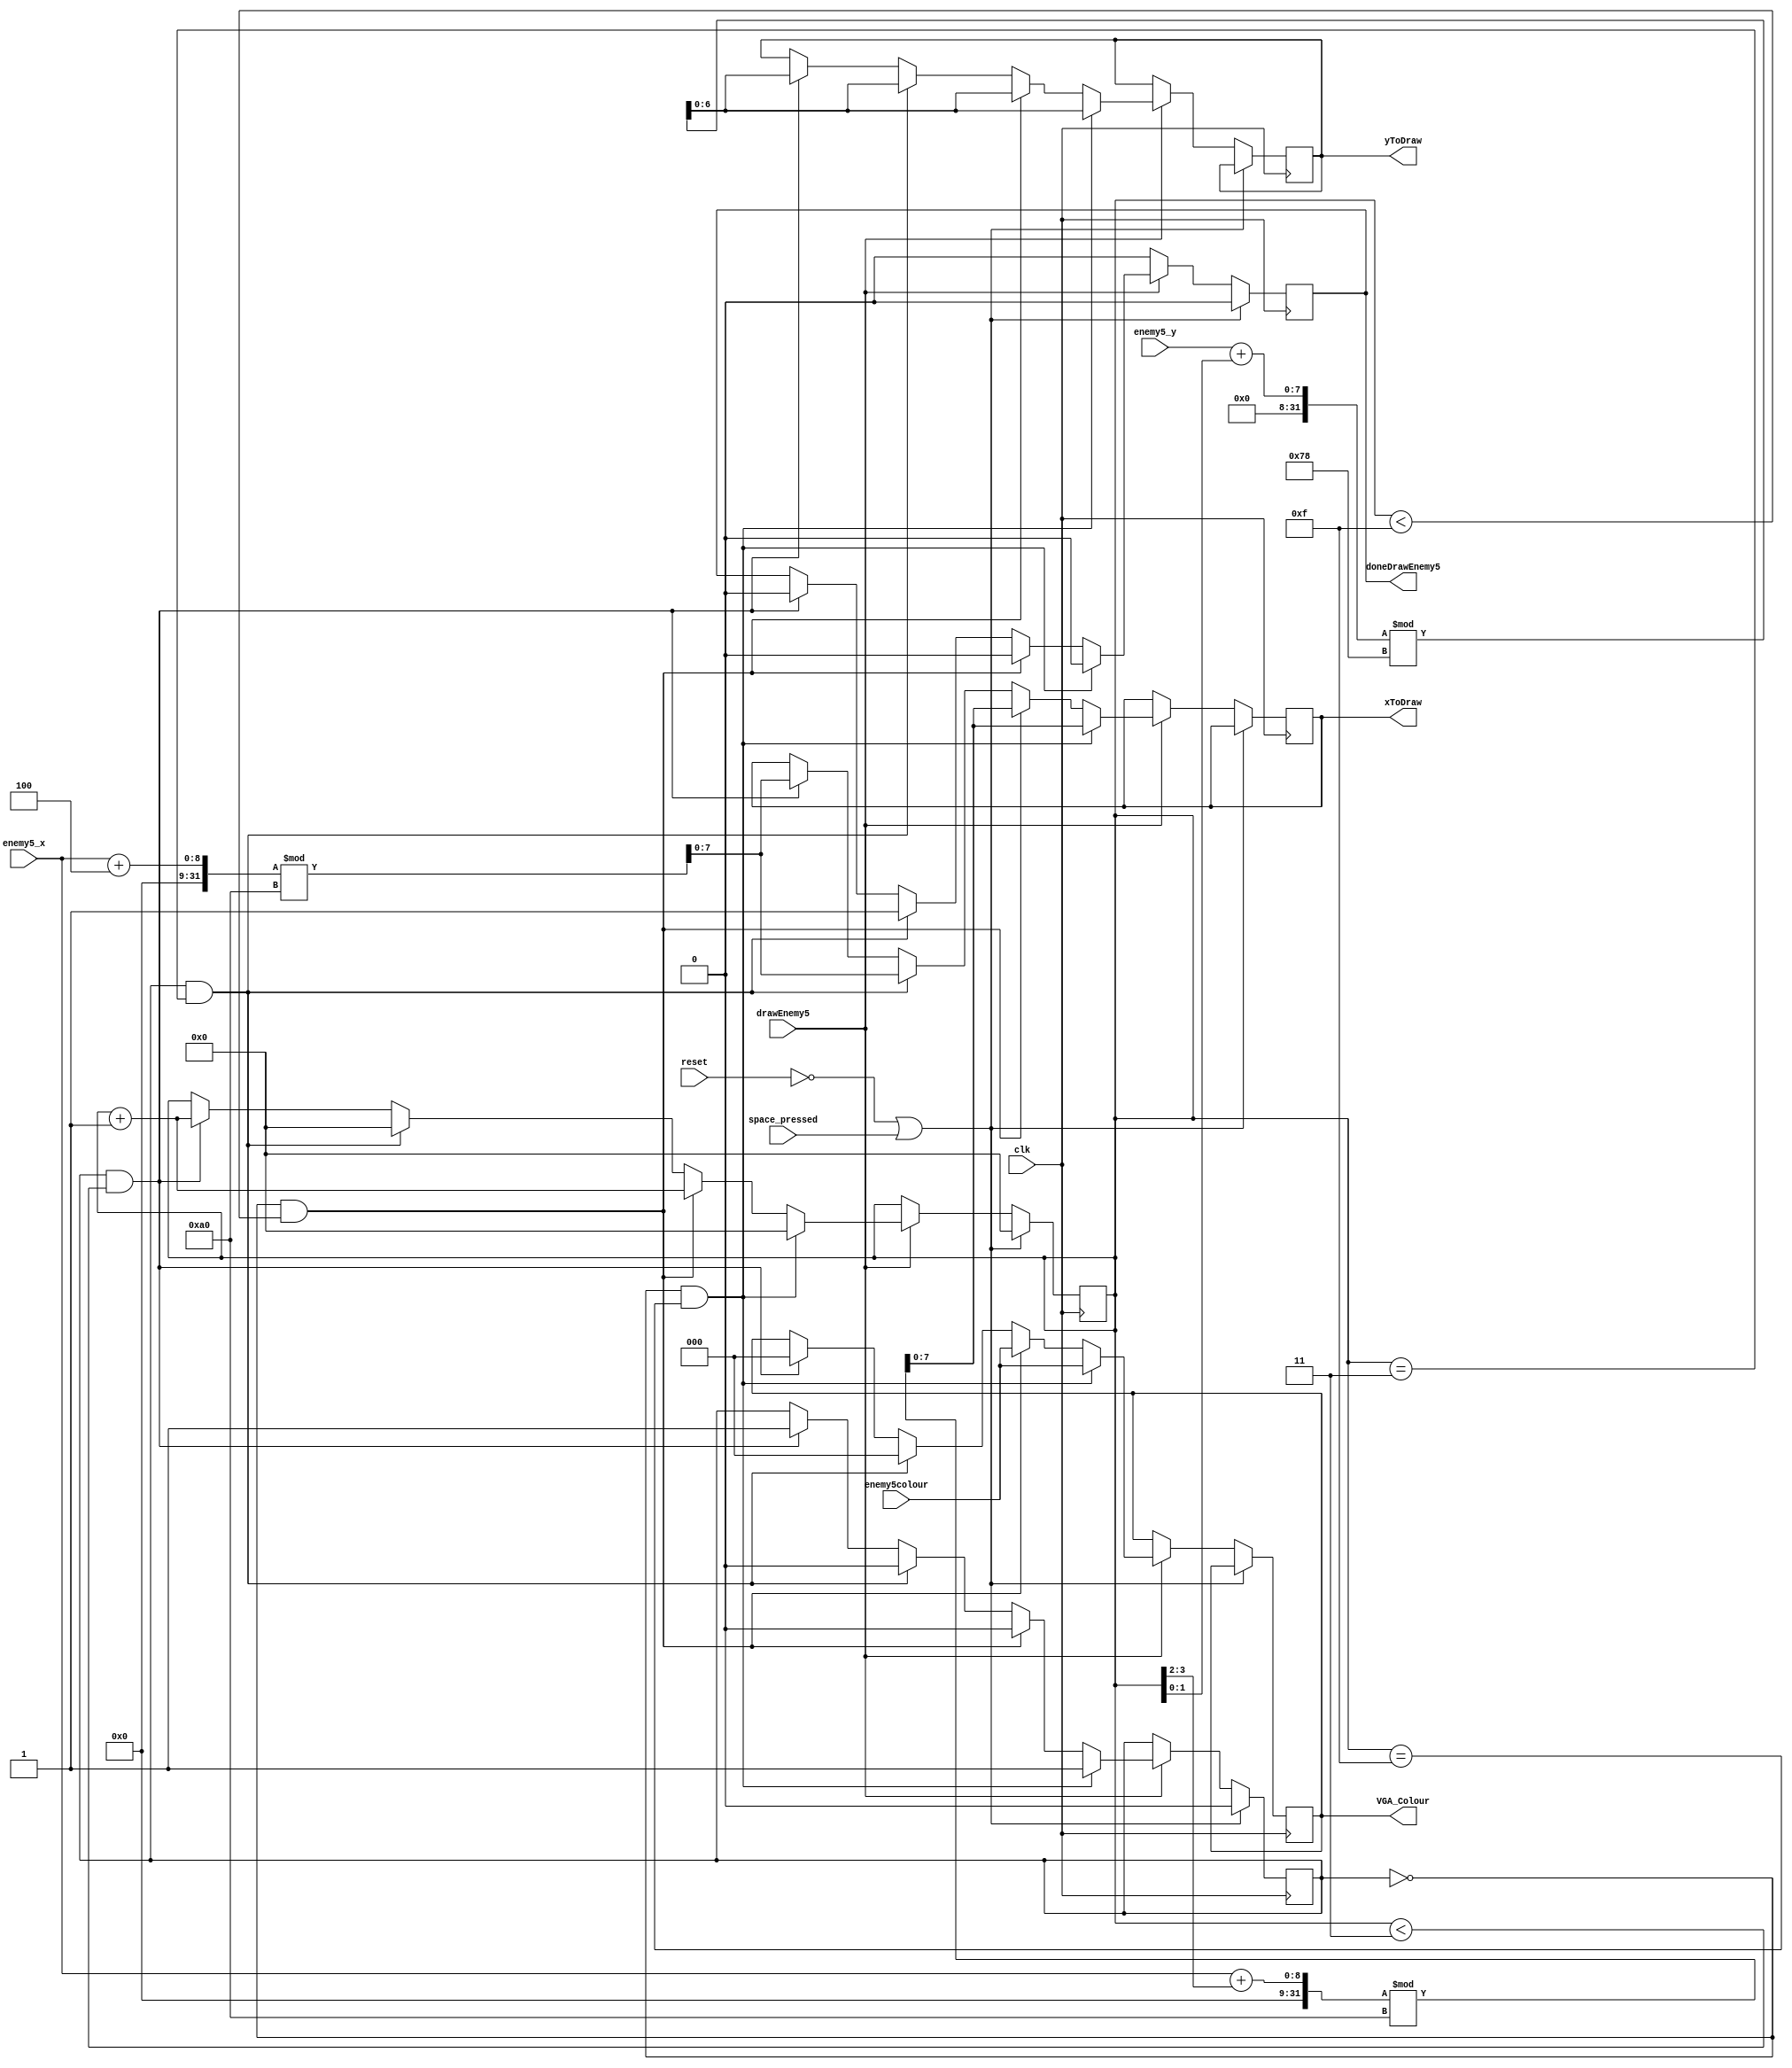
module drawenemy5(
    input clk, reset, space_pressed,
    input [7:0] enemy5_x,           // from datapath (also to VGA)
    input [6:0] enemy5_y,           // from datapath
    input [2:0] enemy5colour,       // from datapath
    input drawEnemy5,               // from fsm
    output reg [2:0] VGA_Colour,     // VGA pixel colour (RGB)
    output reg doneDrawEnemy5,
	output reg [7:0] xToDraw,
	output reg [6:0] yToDraw
);

   localparam shiftNumberInSquare = 4'b1111;
	localparam shiftNumberInColumn = 4'b0011;
	reg doneDrawRed;
	 
	 reg [3:0] squareCounter;

	always @(posedge clk) begin
		if (!reset || space_pressed) begin
			squareCounter <= 4'd0;
			doneDrawRed <= 1'b0;
            doneDrawEnemy5 <= 1'b0;
		end else if (!drawEnemy5) begin
				doneDrawEnemy5 <= 1'b0;
		end else if (drawEnemy5) begin
			if((doneDrawRed == 1'b0) && (squareCounter == shiftNumberInSquare)) begin
				xToDraw <= (enemy5_x + squareCounter[3:2]) % 160;
				yToDraw <= (enemy5_y + squareCounter[1:0]) % 120;
				squareCounter <= 4'd0;
				VGA_Colour <= enemy5colour;
				doneDrawRed <= 1'b1;
				doneDrawEnemy5 <= 1'b0;
			end else if ((doneDrawRed == 1'b0) && (squareCounter < shiftNumberInSquare)) begin
				squareCounter <= squareCounter + 1;
				xToDraw <= (enemy5_x + squareCounter[3:2]) % 160;
				yToDraw <= (enemy5_y + squareCounter[1:0]) % 120;
				VGA_Colour <= enemy5colour;
				doneDrawRed <= 1'b0;
				doneDrawEnemy5 <= 1'b0;
			end else if((doneDrawRed == 1'b1) && (squareCounter == shiftNumberInColumn)) begin
				xToDraw <= (enemy5_x + 4) % 160;
				yToDraw <= (enemy5_y + squareCounter[1:0]) % 120;
				squareCounter <= 4'd0;
				VGA_Colour <= 3'b000;
				doneDrawRed <= 1'b0;
				doneDrawEnemy5 <= 1'b1;
			end else if((doneDrawRed == 1'b1) && (squareCounter < shiftNumberInColumn)) begin
				xToDraw <= (enemy5_x + 4) % 160;
				yToDraw <= (enemy5_y + squareCounter[1:0]) % 120;
				squareCounter <= squareCounter + 1;
				VGA_Colour <= 3'b000;
				doneDrawRed <= 1'b1;
				doneDrawEnemy5 <= 1'b0;
			end
		end
	end
		
endmodule